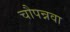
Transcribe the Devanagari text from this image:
चौपन्नवा